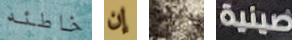
خاطئه إن قمتم صينية